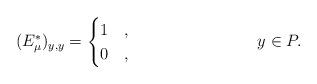
LaTeX: \begin{align*}(E_\mu^*)_{y,y} =\begin{cases}1 & , \\0 & ,\end{cases}&&y \in P.\end{align*}